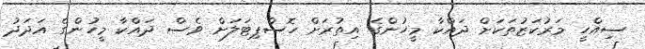
ސިއްހީ މަރުކަޒުތަކަށް ދައްކާ މީހުންގެ އިތުރަށް ހޮސްޕިޓަލަށް ވެސް ދައްކާ މީހުންގެ އަދަދު